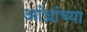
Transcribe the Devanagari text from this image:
आंध्रांच्या